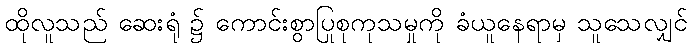
ထိုလူသည် ဆေးရုံ ၌ ကောင်းစွာပြုစုကုသမှုကို ခံယူနေရာမှ သူသေလျှင်